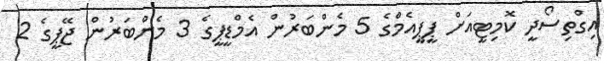
އިގްތިސޯދީ ކޮމިޓީއަށް ޕީޕީއެމްގެ 5 މެންބަރުން އެމްޑީޕީގެ 3 މެންބަރުން ޖޭޕީގެ 2